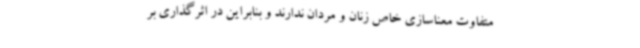
متفاوت معناسازی خاص زنان و مردان ندارند و بنابراین در اثرگذاری بر